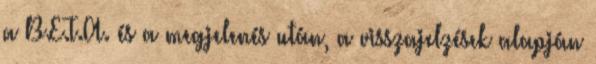
a B.E.T.A. és a megjelenés után, a visszajelzések alapján